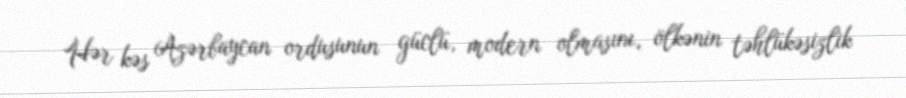
Hər kəs Azərbaycan ordusunun güclü, modern olmasını, ölkənin təhlükəsizlik